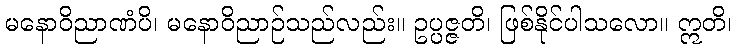
မနောဝိညာဏံပိ၊ မနောဝိညာဉ်သည်လည်း။ ဥပ္ပဇ္ဇတိ၊ ဖြစ်နိုင်ပါသလော။ ဣတိ၊